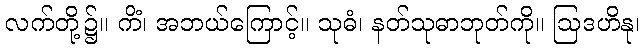
လက်တို့၌။ ကိံ၊ အဘယ်ကြောင့်။ သုဓံ၊ နတ်သုဓာဘုတ်ကို။ ဩဒဟိနု၊